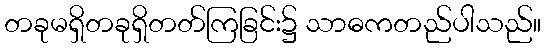
တခုမရှိတခုရှိတတ်ကြခြင်း၌ သာဓကတည်ပါသည်။